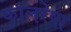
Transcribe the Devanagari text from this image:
कालरेषा